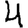
Digit: 4